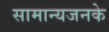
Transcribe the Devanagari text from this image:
सामान्यजनके